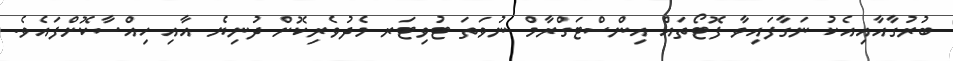
ބުރުގާއާއިއެކު ނަގާފައިވާ ފޮޓޯތައް އިންސްޓަގްރާމް ނުވަތަ ޓުވިޓަރ މެދުވެރިކޮށް ދުނިޔެ އާއި ހިއްސާކޮށްފައެވެ.